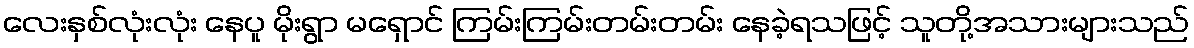
လေးနှစ်လုံးလုံး နေပူ မိုးရွာ မရှောင် ကြမ်းကြမ်းတမ်းတမ်း နေခဲ့ရသဖြင့် သူတို့အသားများသည်